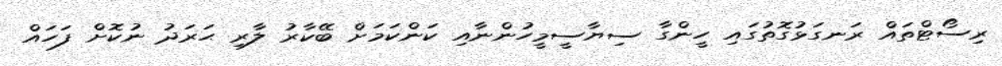
ރިސޯޓްތައް ރަނގަޅުގޮތުގައި ހީންގާ ސިޔާސީމީހުންނާއި ކަންކަމަށް ބޭކާރު ލާރި ޙަރަދު ނުކޮށް ފަހައް